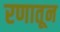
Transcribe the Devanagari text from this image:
रणातून